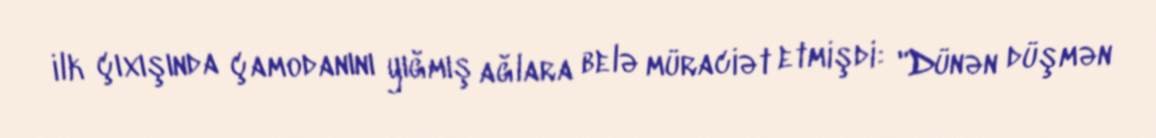
ilk çıxışında çamodanını yığmış ağlara belə müraciət etmişdi: "Dünən düşmən